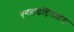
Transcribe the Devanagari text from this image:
एनहाइड्रिडाइड